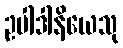
ဥပါဒါနိယေသု